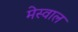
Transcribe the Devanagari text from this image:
मेस्वाल